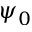
\psi _ { 0 }